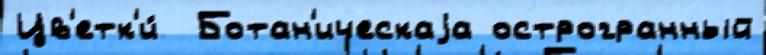
Цв'етк'и́  Ботан'ическаjа острогранный